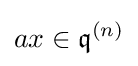
ax\in {\mathfrak {q}}^{(n)}